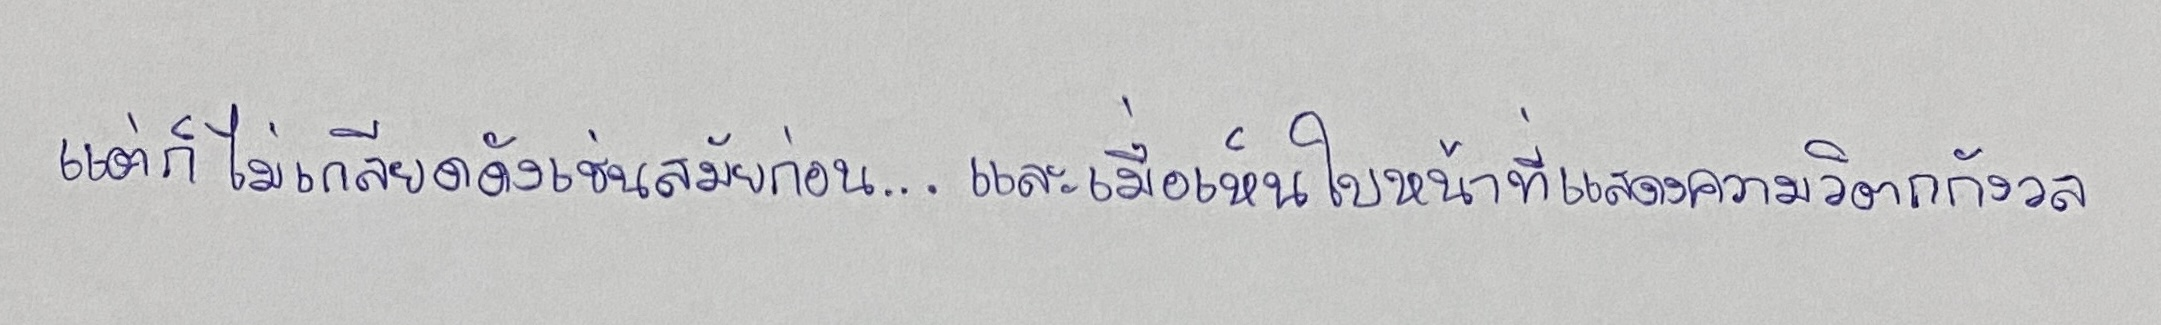
แต่ก็ไม่เกลียดดังเช่นสมัยก่อน....และเมื่อเห็นใบหน้าที่แสดงความวิตกกังวล